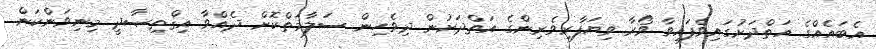
އެބައެއްގެ އަތްދަށުގައިވެފައިވާ ވޯރާ ވިޔަފާރިވެރިންގެ އަތްދަށުން ދިވެހިން ސަލާމަތްކޮށް ދެއްވާ އިޤްތިޞާދީ މިނިވަންކަން